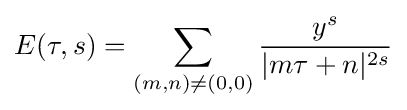
E(\tau ,s)=\sum _{(m,n)\neq (0,0)}{y^{s} \over |m\tau +n|^{2s}}